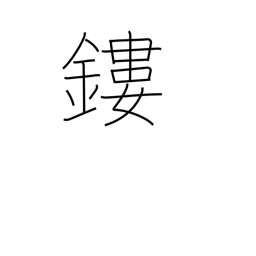
Meaning: mount